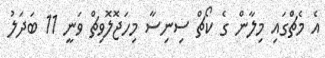
އެ މެޗްގައި މިލާން ގެ ކޯޗް ސިނިސާ މިހަޖޮލޮވިޗް ވަނީ 11 ބަދަލު